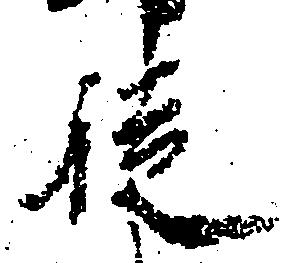
徒